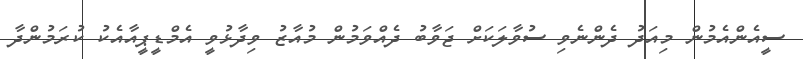
ސީއެންއެމުން މިއަދު ދެންނެވި ސުވާލަކަށް ޖަވާބު ދެއްވަމުން މުއާޒު ވިދާޅުވީ އެމްޑީޕީއާއެކު ކުރަމުންދާ